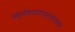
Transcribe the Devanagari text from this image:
हम्मीरशरणागतणागत